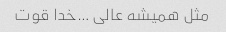
مثل همیشه عالی …خدا قوت